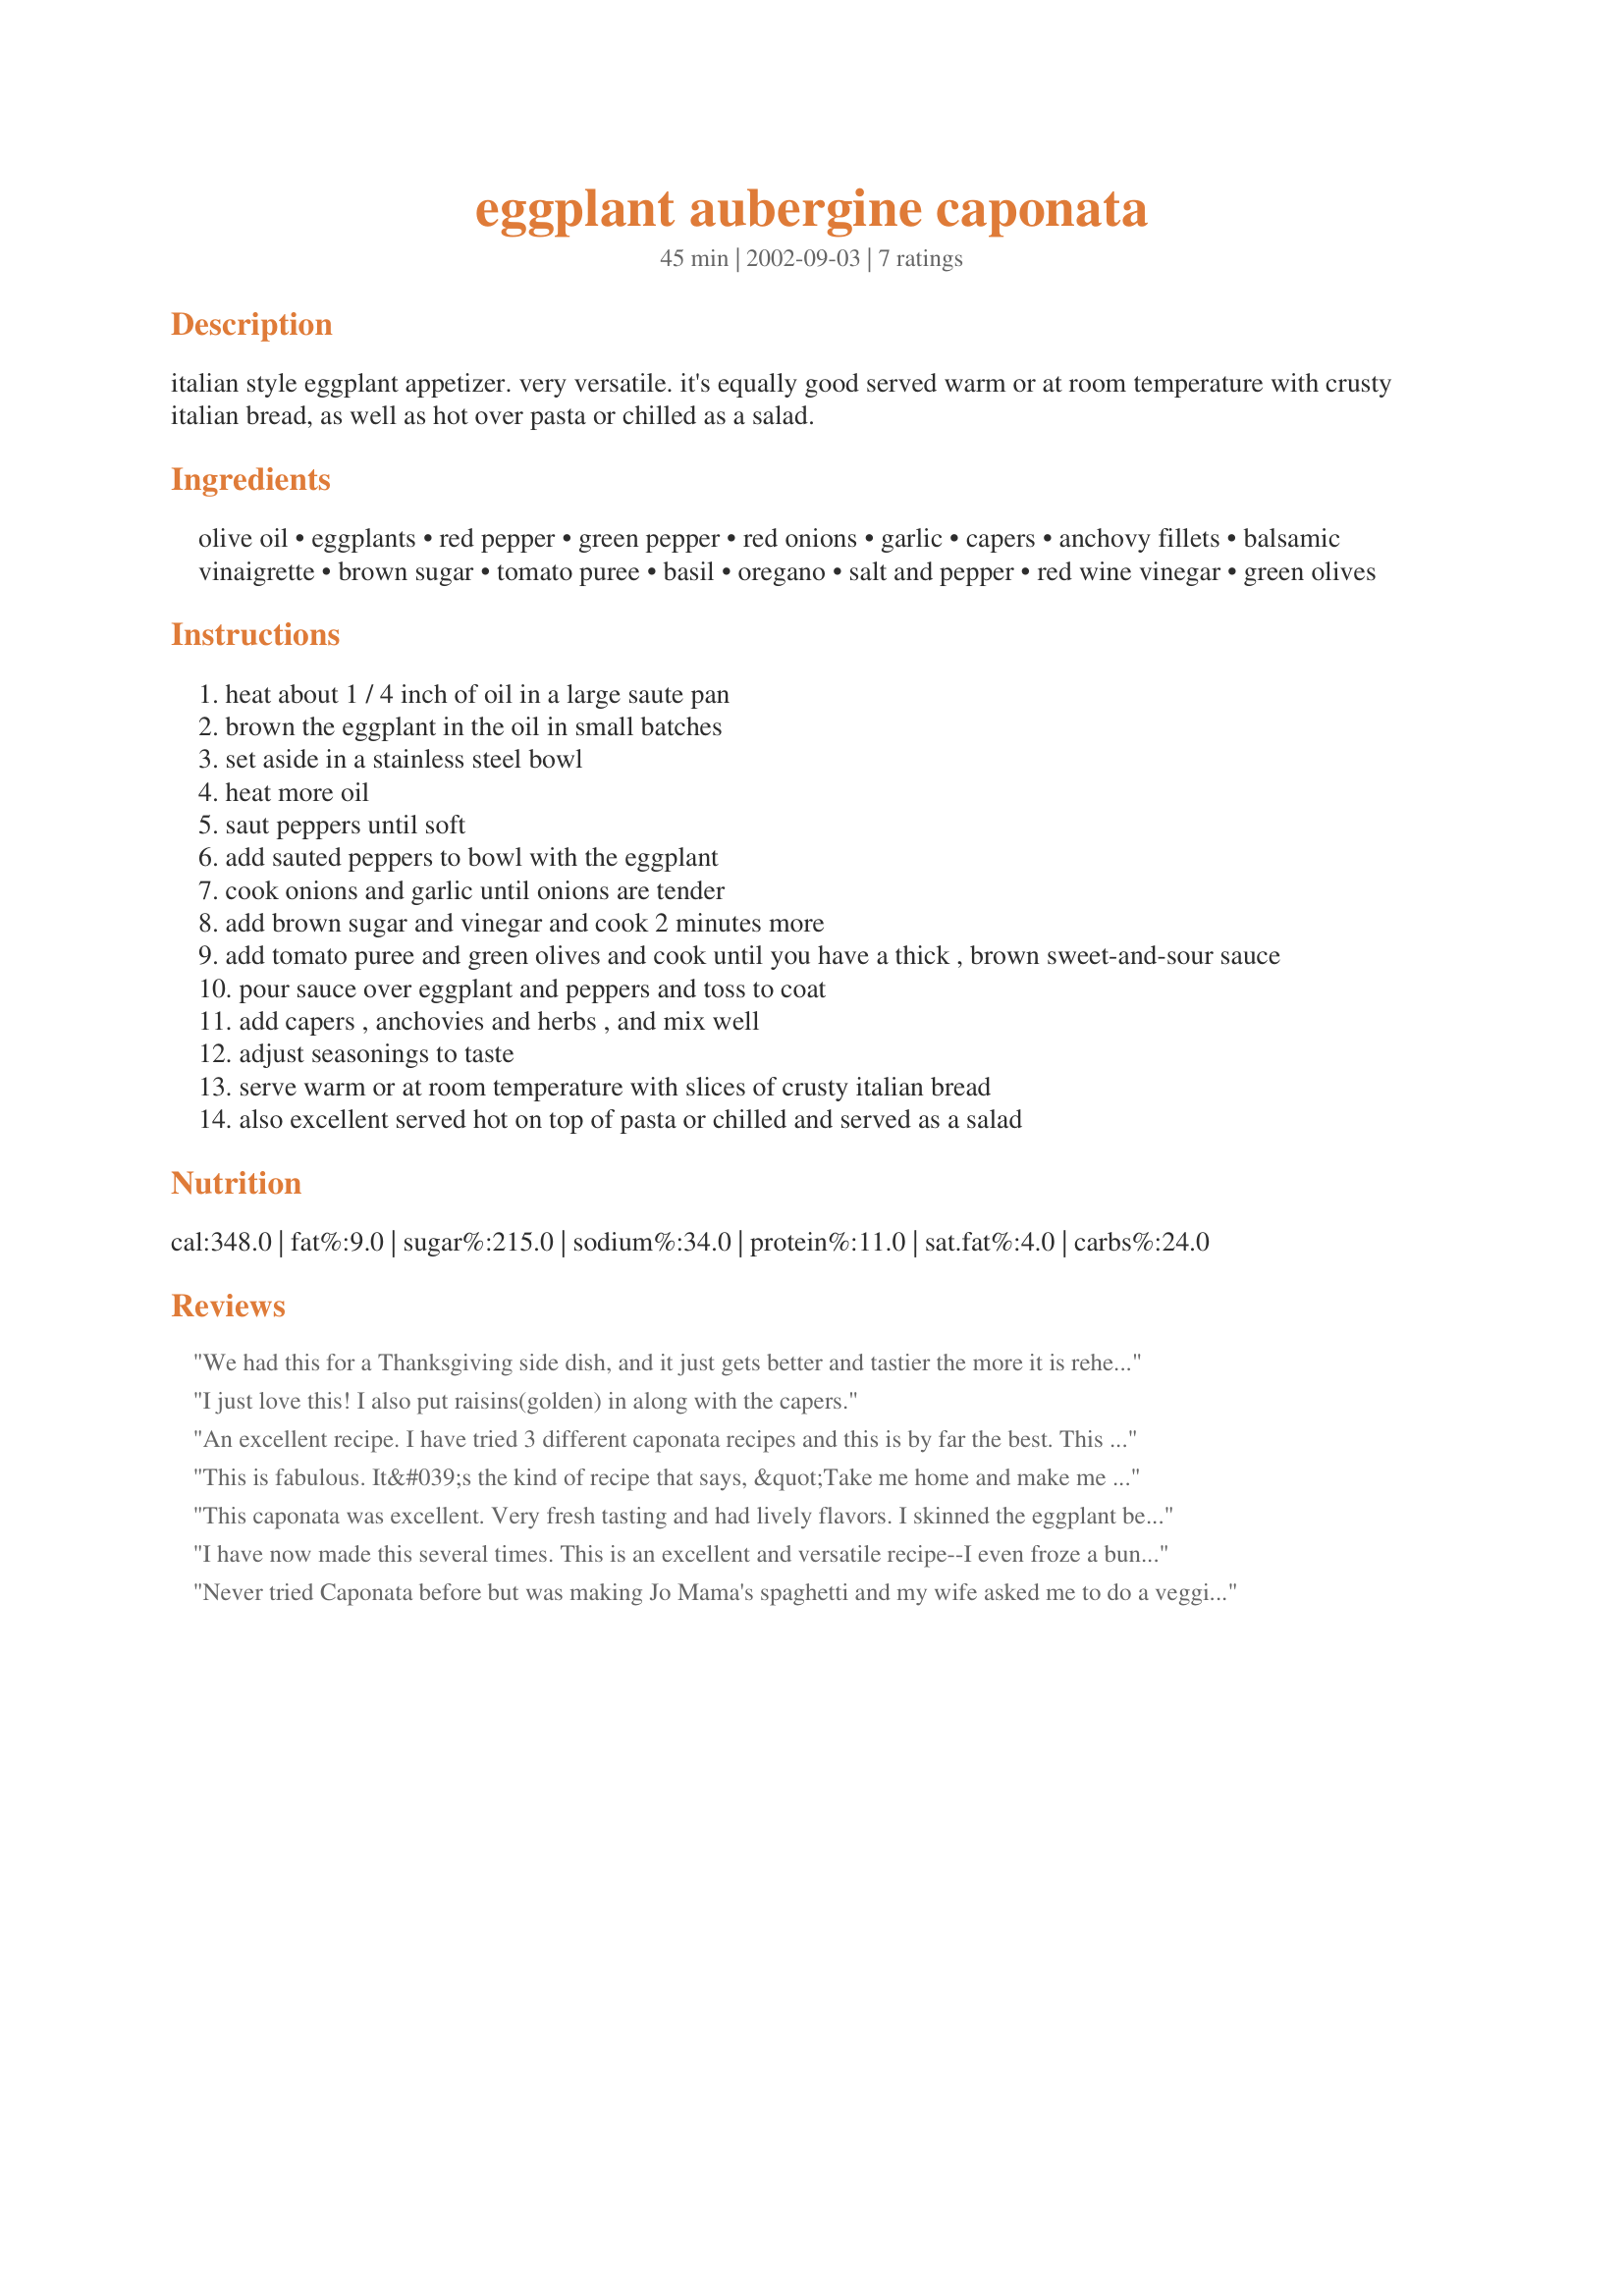
eggplant aubergine caponata
Preparation time: 45 minutes

italian style eggplant appetizer. very versatile. it's equally good served warm or at room temperature with crusty italian bread, as well as hot over pasta or chilled as a salad.

Ingredients:
olive oil, eggplants, red pepper, green pepper, red onions, garlic, capers, anchovy fillets, balsamic vinaigrette, brown sugar, tomato puree, basil, oregano, salt and pepper, red wine vinegar, green olives

Steps:
heat about 1 / 4 inch of oil in a large saute pan
brown the eggplant in the oil in small batches
set aside in a stainless steel bowl
heat more oil
saut peppers until soft
add sauted peppers to bowl with the eggplant
cook onions and garlic until onions are tender
add brown sugar and vinegar and cook 2 minutes more
add tomato puree and green olives and cook until you have a thick , brown sweet-and-sour sauce
pour sauce over eggplant and peppers and toss to coat
add capers , anchovies and herbs , and mix well
adjust seasonings to taste
serve warm or at room temperature with slices of crusty italian bread
also excellent served hot on top of pasta or chilled and served as a salad

Reviews:
We had this for a Thanksgiving side dish, and it just gets better and tastier the more it is reheated as leftovers. So far I have had it in a turkey sandwich, alone cold, or warm on a piece of garlic rubbed french bread. All equally delicious, and great flavor. I did not have oregano so I subbed Italian herb seasoning instead (dried) and did not add so much balsalmic vinegar, probably only about 1/3 cup? I used aged balsalmic vinegar though, so that might have changed the consistency a bit. Great recipe!
I just love this!
I also put raisins(golden) in along with the capers.
An excellent recipe. I have tried 3 different caponata recipes and this is by far the best. This is a wonderful recipe for gardeners who are trying to use up their fresh produce. The only changes I made was to use fresh tomatoes from my garden and just let it simmer a little longer to achieve the correct consistency and add more anchovies. I have frozen some of this recipe and it reheats well. It is great on toasted rye or french bread and over pasta. The anchovies are a must! Thanks for a great recipe. Valdez
This is fabulous. It&#039;s the kind of recipe that says, &quot;Take me home and make me yours.&quot; That each cook needs to think about how to make it special for him or her. I&#039;m sure I will make it many times - I really needed a good eggplant recipe - and will change it around many different ways. Thank you very much for sharing this recipe with us, and also for the detailed explanation of how to use the caponata. I do have one question: the ingredient list calls for balsamic vinaigrette. Is that the same as balsamic vinegar? I used balsamic vinegar, and it seemed all right. Anyway, thank you. For many good recipes.
This caponata was excellent. Very fresh tasting and had lively flavors. I skinned the eggplant because I don't like the toughness the skin sometimes has. Skipped the anchovies, although next time, I might get brave and try them. I served this on lightly toasted sliced baguette. Made a perfect light supper with a chilled bottle of white wine. Thanks 1Steve.
I have now made this several times. This is an excellent and versatile recipe--I even froze a bunch of it and have reheated it to serve with pasta or as relish for a main dish. I did leave the skin on the eggplant for color and fiber. I also added a bit of white wine. thanks for posting!
Never tried Caponata before but was making Jo Mama's spaghetti and my wife asked me to do a veggie dish starter. Made it as per recipe but didn't have any capers - chopped gherkins worked really well. Anyhow back to the review. My only criticism is that the Caponata was too greasy this was easily resolved next time of making by slicing the aubergine, laying the slices on a paper towel, lightly salting it then place a plate with some weight (cans or cookbooks) on top for at least 30 mins. This drains the water you can then fry the aubergine in loads less oil or better still bake in the oven till just brown.
